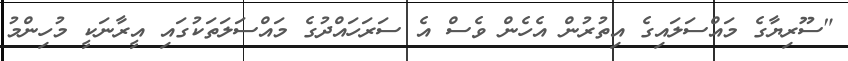
"ސޫރިޔާގެ މައްސަލައިގެ އިތުރުން އެހެން ވެސް އެ ސަރަހައްދުގެ މައްސަލަތަކުގައި އީރާނަކީ މުހިންމު